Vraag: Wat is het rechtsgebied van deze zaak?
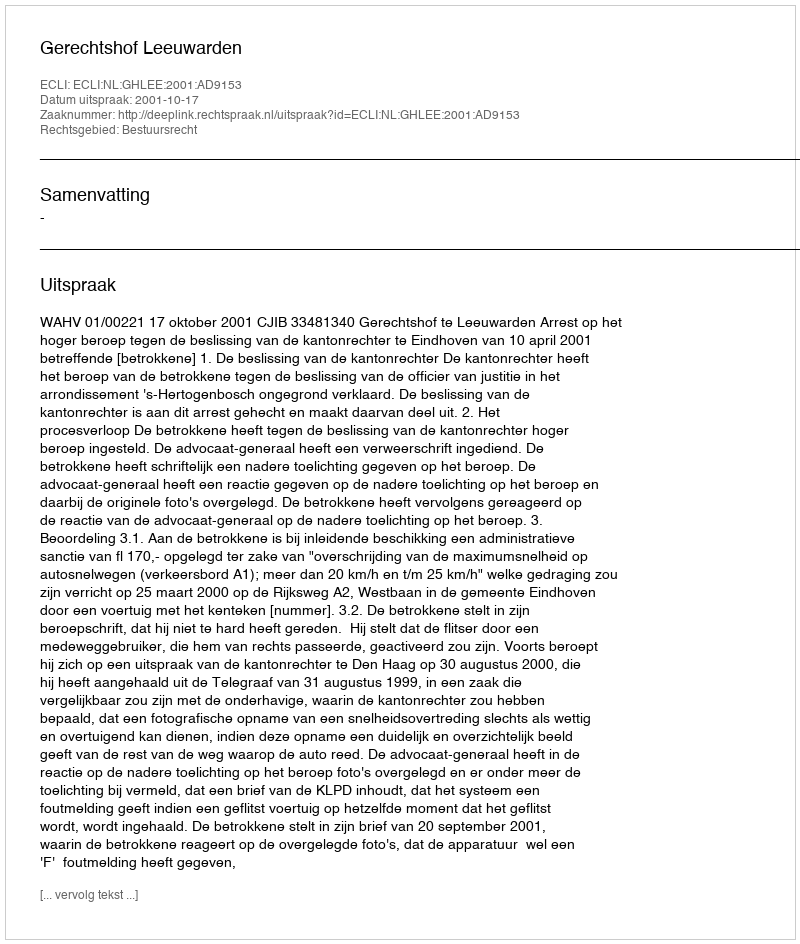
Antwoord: Bestuursrecht